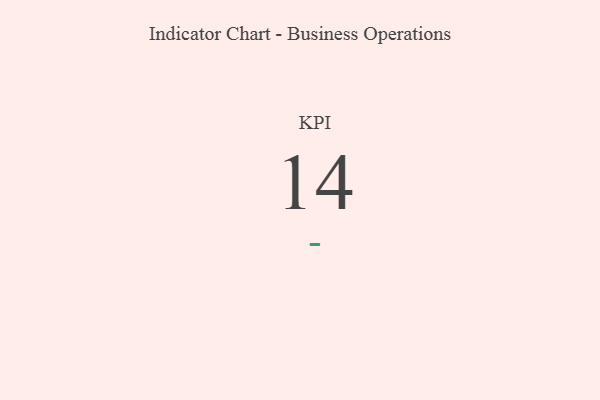
{"axis": {"x": "KPI", "y": "Value"}, "legend": [""], "data": [{"x": "KPI", "y": 14, "type": ""}]}